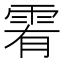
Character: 䨖